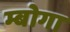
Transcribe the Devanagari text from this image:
म्बोगा